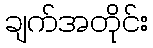
ချက်အတိုင်း